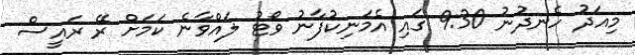
މިއަދު ހެނދުނު 9:30 ގައި އެމަނިކުފާނު ވޯޓު ލައްވާނެ ކަމަށް ރޭ ރައީސް